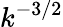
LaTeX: k^{-3/2}